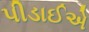
પીડાઈએ